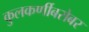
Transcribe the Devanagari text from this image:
कुलकर्णीबरोबर